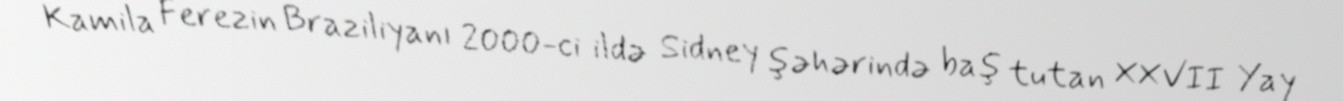
Kamila Ferezin Braziliyanı 2000-ci ildə Sidney şəhərində baş tutan XXVII Yay